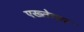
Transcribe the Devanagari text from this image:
एख्तेयार